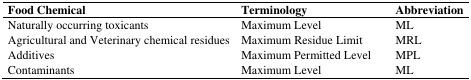
<table><thead><tr><td><b>Food Chemical</b></td><td><b>Terminology</b></td><td><b>Abbreviation</b></td></tr></thead><tbody><tr><td>Naturally occurring toxicants</td><td>Maximum Level</td><td>ML</td></tr><tr><td>Agricultural and Veterinary chemical residues</td><td>Maximum Residue Limit</td><td>MRL</td></tr><tr><td>Additives</td><td>Maximum Permitted Level</td><td>MPL</td></tr><tr><td>Contaminants</td><td>Maximum Level</td><td>ML</td></tr></tbody></table>